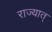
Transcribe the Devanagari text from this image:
राज्यात्